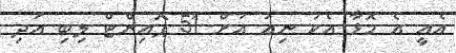
އެއީ އެ މޮޅާ އެކު ނިއު އަށް 51 ޕޮއިންޓް ލިބި އަދި